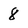
Character: 8